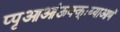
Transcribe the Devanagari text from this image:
प्पृआआंऊक्क्ःय्याआणॅ